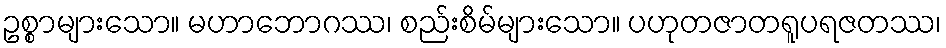
ဥစ္စာများသော။ မဟာဘောဂဿ၊ စည်းစိမ်များသော။ ပဟုတဇာတရူပရဇတဿ၊